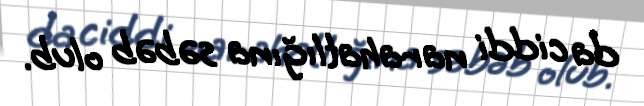
da ciddi narahatlığına səbəb olub.